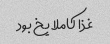
غذا کاملا یخ بود